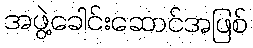
အဖွဲ့ခေါင်းဆောင်အဖြစ်